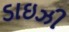
ડાઇઝી